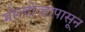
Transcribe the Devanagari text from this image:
मोल्दोव्हापासून